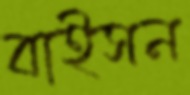
বাইসন